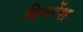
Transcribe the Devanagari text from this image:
प्रिफरेंश